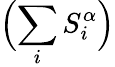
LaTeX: \Bigl(\sum_{i}S_{i}^{\alpha}\Bigr)